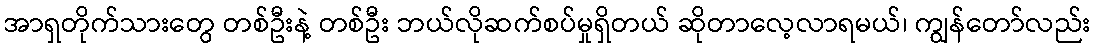
အာရှတိုက်သားတွေ တစ်ဦးနဲ့ တစ်ဦး ဘယ်လိုဆက်စပ်မှုရှိတယ် ဆိုတာလေ့လာရမယ်၊ ကျွန်တော်လည်း